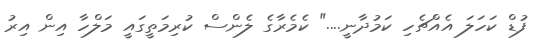
ފުޑް ކަހަލަ އެއްޗެހި ކަމުދާނީ...." ކެމެރާގެ ލެންސް ކުރިމަތީގައީ މަލްހާ އިން އިރު